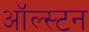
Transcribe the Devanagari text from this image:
ऑल्स्टन